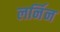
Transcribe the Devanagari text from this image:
लर्निन